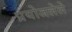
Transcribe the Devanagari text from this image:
प्रयोजलेले